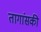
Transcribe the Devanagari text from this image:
तागांसकी